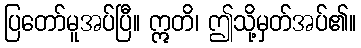
ပြတော်မူအပ်ပြီ။ ဣတိ၊ ဤသို့မှတ်အပ်၏။